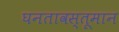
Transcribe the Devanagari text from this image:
घनतावस्तूमान